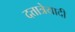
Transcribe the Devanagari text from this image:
दत्तात्रेयादी